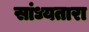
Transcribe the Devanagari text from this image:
सांध्यतारा